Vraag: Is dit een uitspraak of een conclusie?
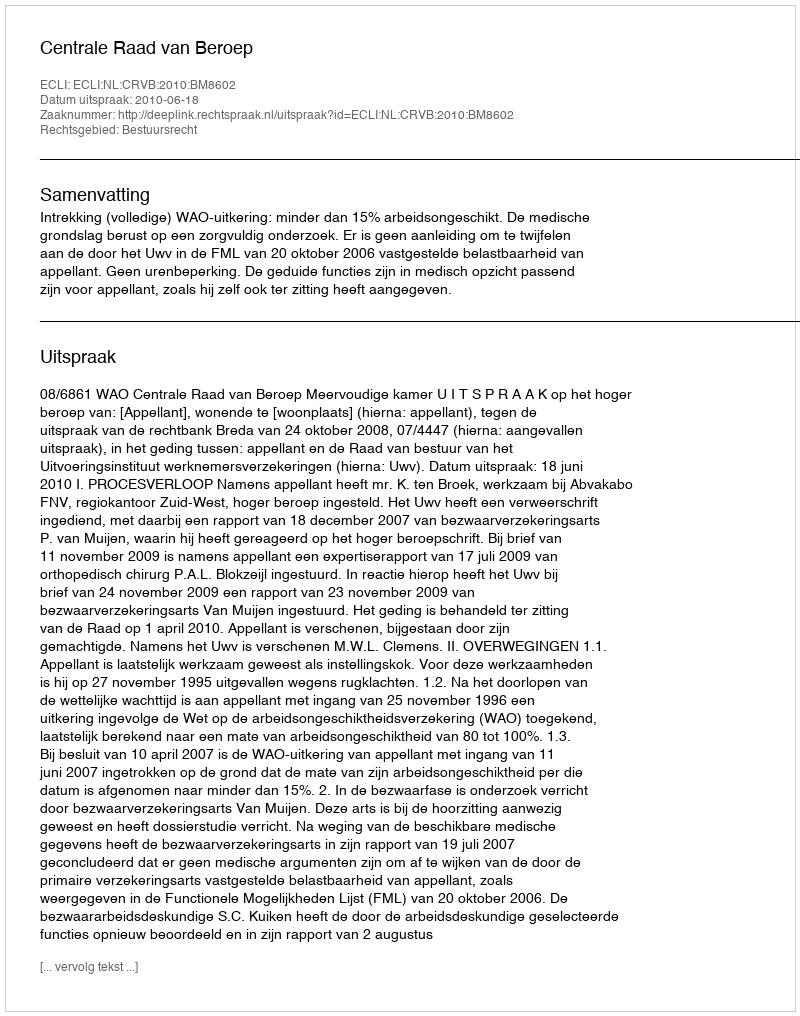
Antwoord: Uitspraak